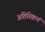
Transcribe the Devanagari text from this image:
अतिशिष्टत्वं